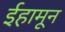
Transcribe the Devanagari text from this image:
ईहामून